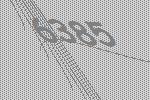
6385